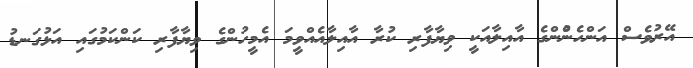
އޭރުވެސް އަންހެންުންގެ އާއިލާއަކީ ވިޔާފާރި ކުރާ އާއިލާއެއްވީމަ އެމީހުންގެ ވިޔާފާރި ކަންކަމުގައި އަޅުގަނޑު